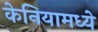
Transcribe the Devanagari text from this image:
केनियामध्ये